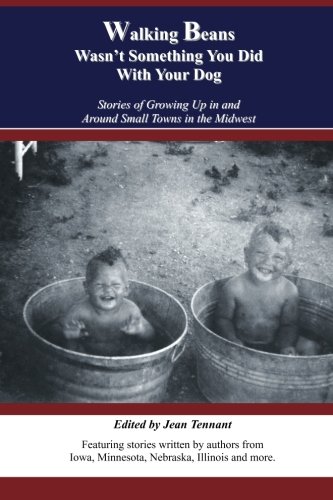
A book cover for Walking Beans Wasn't Something You Did With Your Dog: Stories Of Growing Up In And Around Small Towns In The Midwest; Jean Tennant; History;